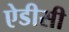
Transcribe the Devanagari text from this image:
ऐडीसी